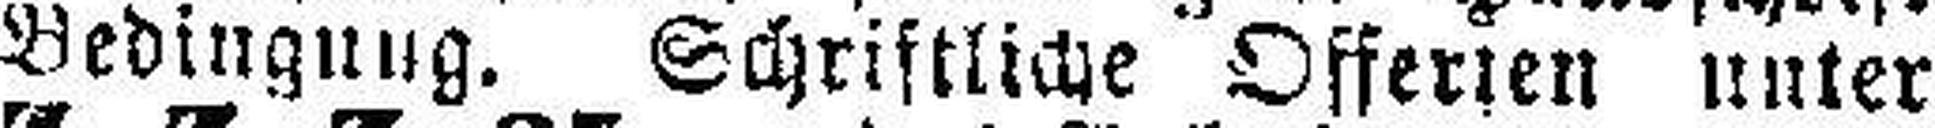
Bedingung. Schriftliche Offerten unter